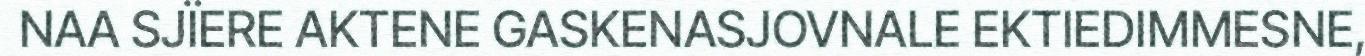
NAA SJÏERE AKTENE GASKENASJOVNALE EKTIEDIMMESNE,